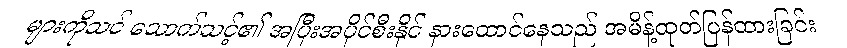
များကိုသင် သောက်သင့်၏ အပြီးအပိုင်စီးနိုင် နားထောင်နေသည် အမိန့်ထုတ်ပြန်ထားခြင်း